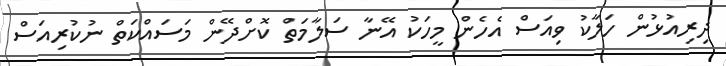
ދިރިއުޅުން ހަލާކު ވިއަސް އެހެން މީހަކު އޭނާ ސަލާމަތް ކޮށްދޭން މަސައްކަތް ނުކުރިއަސް